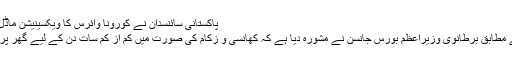
پاکستانی سائنسدان نے کورونا وائرس کا ویکسینیشن ماڈل تیار کرلیا
ہم نیوز کے مطابق برطانوی وزیراعظم بورس جانسن نے مشورہ دیا ہے کہ کھانسی و زکام کی صورت میں کم از کم سات دن کے لیے گھر پر قیام کریں۔